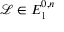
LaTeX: { \mathcal { L } } \in E _ { 1 } ^ { 0 , n }